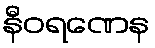
နီဝရဏေန